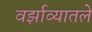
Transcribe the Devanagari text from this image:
वर्झाव्यातले